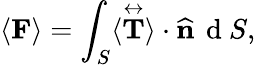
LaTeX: \langle\mathbf{F}\rangle=\int_{S}^{}\langle\overset\leftrightarrow{\mathbf{T}}\rangle\cdot\textbf{\^ n}\, \mathrm{~d~}S,